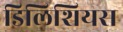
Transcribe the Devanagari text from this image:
डिलिशियस